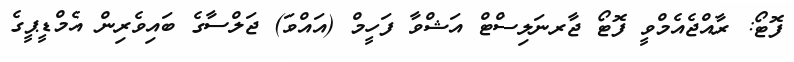
ފޮޓޯ: ރާއްޖެއެމްވީ ފޮޓޯ ޖާރނަލިސްޓް އަޝްވާ ފަހީމް (އައްވަ) ޖަލްސާގެ ބައިވެރިން އެމްޑީޕީގެ